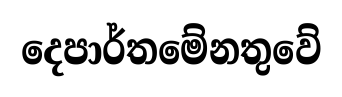
දෙපාර්තමේනතුවේ